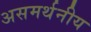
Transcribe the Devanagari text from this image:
असमर्थनीय